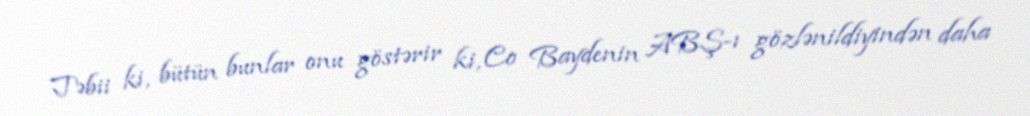
Təbii ki, bütün bunlar onu göstərir ki, Co Baydenin ABŞ-ı gözlənildiyindən daha